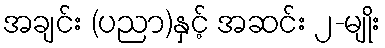
အချင်း (ပညာ)နှင့် အဆင်း ၂-မျိုး